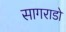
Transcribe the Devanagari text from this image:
सागराडो